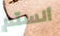
ألستم